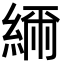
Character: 𦁥